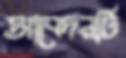
আবেদনটি